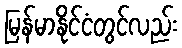
မြန်မာနိုင်ငံတွင်လည်း